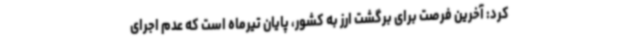
کرد: آخرین فرصت برای برگشت ارز به کشور، پایان تیرماه است که عدم اجرای